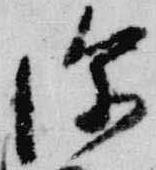
深